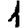
Digit: 1